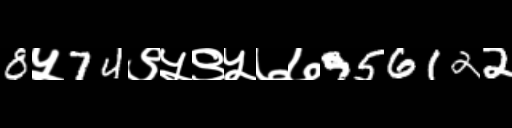
Text: 8५74९५९५७७956122